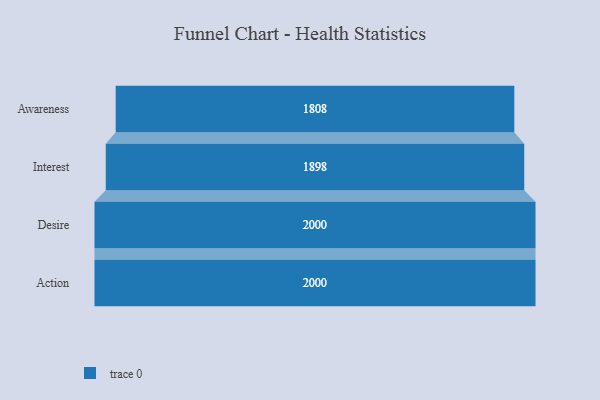
{"axis": {"x": "Stage", "y": "Value"}, "legend": [""], "data": [{"x": "Awareness", "y": 1808.0, "type": ""}, {"x": "Interest", "y": 1898.0, "type": ""}, {"x": "Desire", "y": 2000, "type": ""}, {"x": "Action", "y": 2000, "type": ""}]}